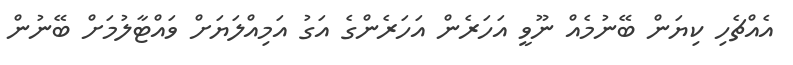
އެއްޗެހި ކިޔަން ބޭނުމެއް ނޫވީ އަހަރެން އަހަރެންގެ އަގު އަމިއްލަޔަށް ވައްޓާލުމަށް ބޭނުން